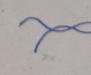
Signature authenticity: forged